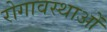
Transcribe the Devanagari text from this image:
रोगावस्थाओं